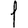
Digit: 1